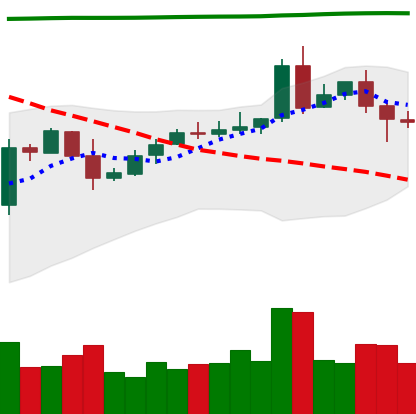
Ticker: EOS-USD
Chart end date: 2020-05-05
Forward return: -11.432%
Label: down_7plus